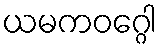
ယမကဝဂ္ဂေါ